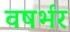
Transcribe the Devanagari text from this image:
वषर्भर